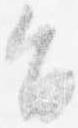
旨